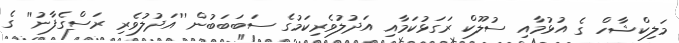
މަލިކްޝާހް ގެ އުޅުމާއި ސުލޫކް ރަގަޅުކަމާއި އަދުލުވެރިކަމުގެ ސަބަބަބުން ''އަދުލުވެރި ރަސްގެފާނު'' ގެ